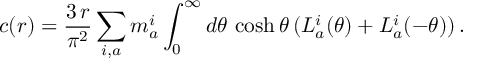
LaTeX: c ( r ) = \frac { 3 \, r } { \pi ^ { 2 } } \sum _ { i , a } m _ { a } ^ { i } \int _ { 0 } ^ { \infty } d \theta \, \cosh \theta \, ( L _ { a } ^ { i } ( \theta ) + L _ { a } ^ { i } ( - \theta ) ) \, .